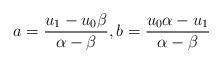
LaTeX: \begin{align*} a=\frac{u_1-u_0\beta}{\alpha-\beta},b=\frac{u_0\alpha-u_1}{\alpha-\beta}\end{align*}